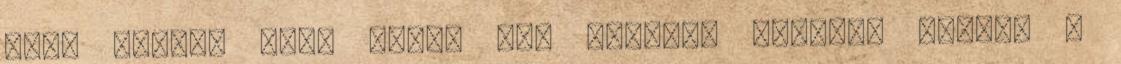
hogy velünk lesz Pedig azt mondta: veletek vagyok a